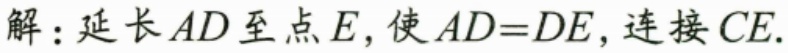
解：延长\(AD\)至点\(E\)，使\(AD = DE\)，连接\(CE\).